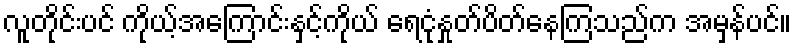
လူတိုင်းပင် ကိုယ့်အကြောင်းနှင့်ကိုယ် ရေငုံနှုတ်ပိတ်နေကြသည်က အမှန်ပင်။